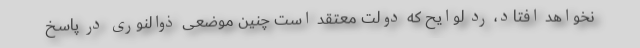
نخواهد افتاد، رد لوایح که دولت معتقد است چنین موضعی ذوالنوری در پاسخ